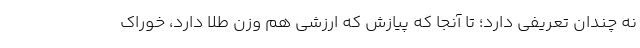
نه چندان تعریفی دارد؛ تا آنجا که پیازش که ارزشی هم وزن طلا دارد، خوراک